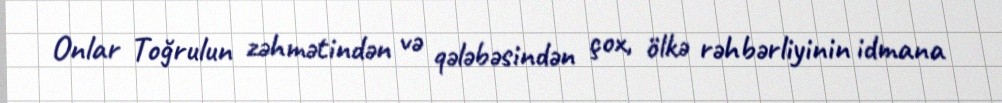
Onlar Toğrulun zəhmətindən və qələbəsindən çox, ölkə rəhbərliyinin idmana